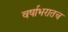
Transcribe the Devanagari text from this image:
वर्षाभरातच